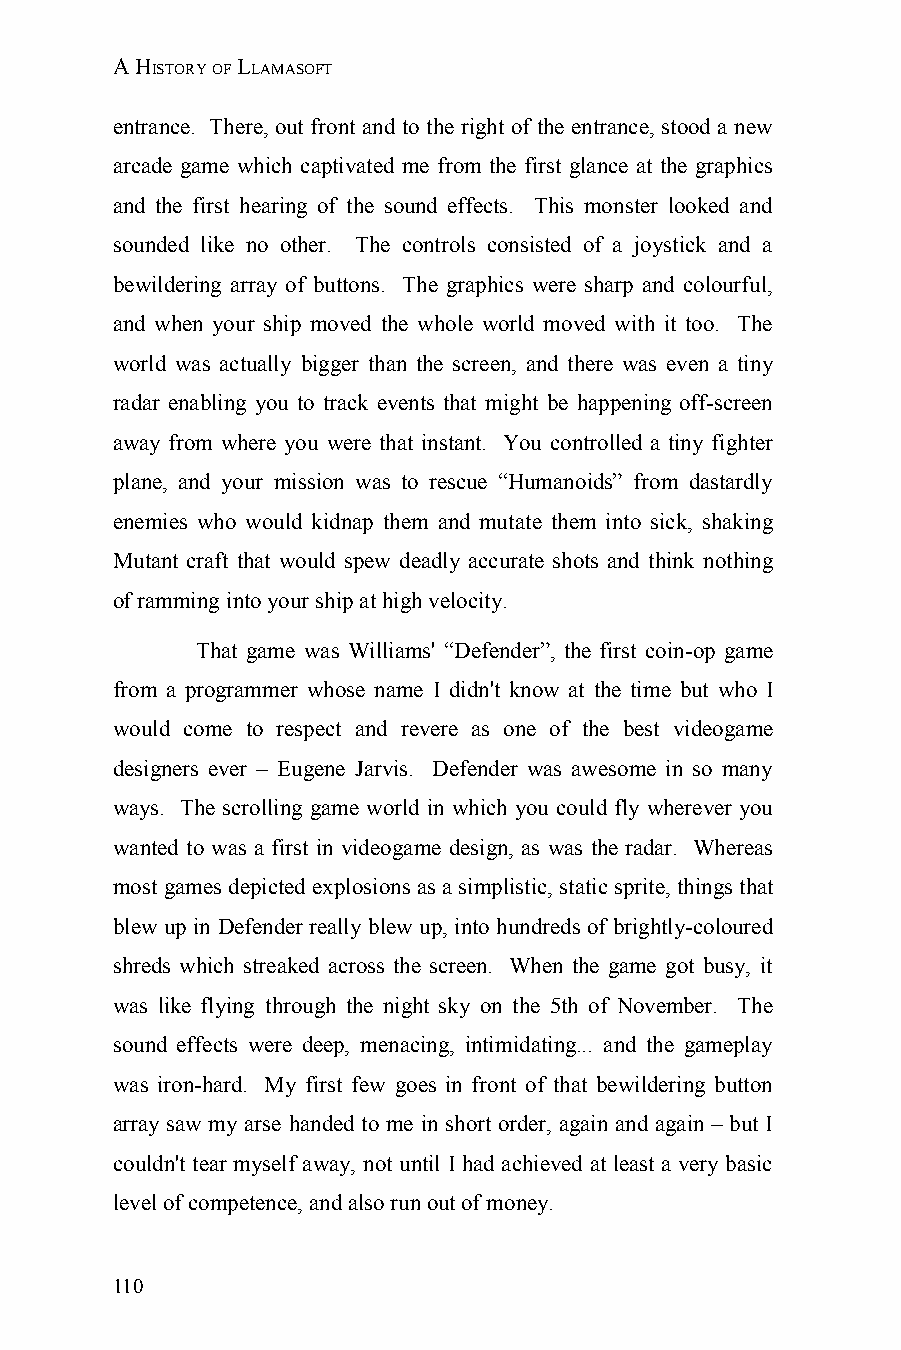
A HISTORY OF LLAMASOFT
 entrance. There, out front and to the right of the entrance, stood a new
 arcade game which captivated me from the first glance at the graphics
 and the first hearing of the sound effects. This monster looked and
 sounded like no other. The controls consisted of a joystick and a
 bewildering array of buttons. The graphics were sharp and colourful,
 and when your ship moved the whole world moved with it too. The
 world was actually bigger than the screen, and there was even a tiny
 radar enabling you to track events that might be happening off-screen
 away from where you were that instant. You controlled a tiny fighter
 plane, and your mission was to rescue “Humanoids” from dastardly
 enemies who would kidnap them and mutate them into sick, shaking
 Mutant craft that would spew deadly accurate shots and think nothing
 of ramming into your ship at high velocity.
 That game was Williams' “Defender”, the first coin-op game
 from a programmer whose name I didn't know at the time but who I
 would come to respect and revere as one of the best videogame
 designers ever – Eugene Jarvis. Defender was awesome in so many
 ways. The scrolling game world in which you could fly wherever you
 wanted to was a first in videogame design, as was the radar. Whereas
 most games depicted explosions as a simplistic, static sprite, things that
 blew up in Defender really blew up, into hundreds of brightly-coloured
 shreds which streaked across the screen. When the game got busy, it
 was like flying through the night sky on the 5th of November. The
 sound effects were deep, menacing, intimidating... and the gameplay
 was iron-hard. My first few goes in front of that bewildering button
 array saw my arse handed to me in short order, again and again – but I
 couldn't tear myself away, not until I had achieved at least a very basic
 level of competence, and also run out of money.
 110